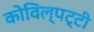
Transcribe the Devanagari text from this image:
कोविल्पट्टी